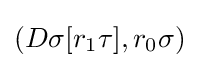
(D\sigma [r_{1}\tau ],r_{0}\sigma )